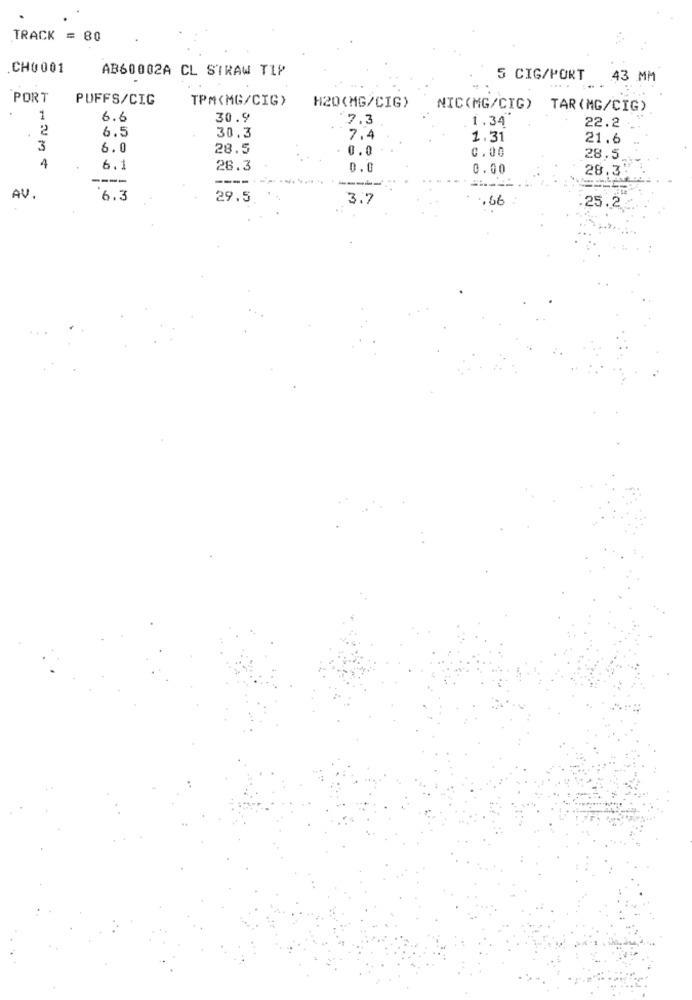
TRACK = 80
CH0001
AB60002A CL STRAW TIP
5 CIG/PORT
43 MM
PORT
PUFFS/CIC
TPM(MG/CIG>
H20(MG/CIG)
NIC(MG/CIG)
TAR (MG/CIG)
1
6.6
30.9
7.3
1.34
22.2
2
6.5
30.3
7.4
1.31
21.6
3
6.0
28.5
0.0
0.00
28.5
4
6.1
28.3
0.0
0.00
28.3
----
---
---
AV.
6.3
29.5
3.7
.66
25.2